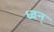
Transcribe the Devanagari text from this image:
ध्वन्